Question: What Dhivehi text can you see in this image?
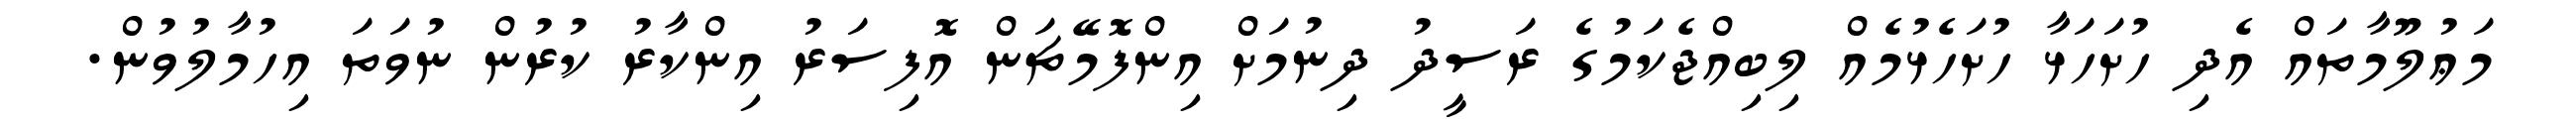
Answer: މަޢުލޫމާތައް އެދި ހުށަހަޅާ ހުށަހެޅުމެއް ލިބިއްޖެކަމުގެ ރަސީދު ދިނުމަށް އިންފޮމޭޗަން އޮފިސަރު އިންކާރު ކުރުން ނުވަތަ އިހުމާލުވުން.